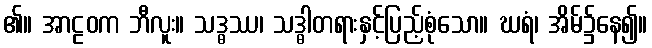
၏။ အာဠဝက ဘီလူး။ သဒ္ဓဿ၊ သဒ္ဓါတရားနှင့်ပြည့်စုံသော။ ဃရံ၊ အိမ်၌နေ၍။